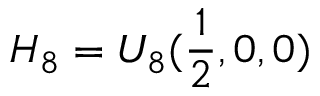
H _ { 8 } = U _ { 8 } ( \frac { 1 } { 2 } , 0 , 0 )